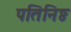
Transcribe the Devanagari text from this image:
पतिनिष्ठ